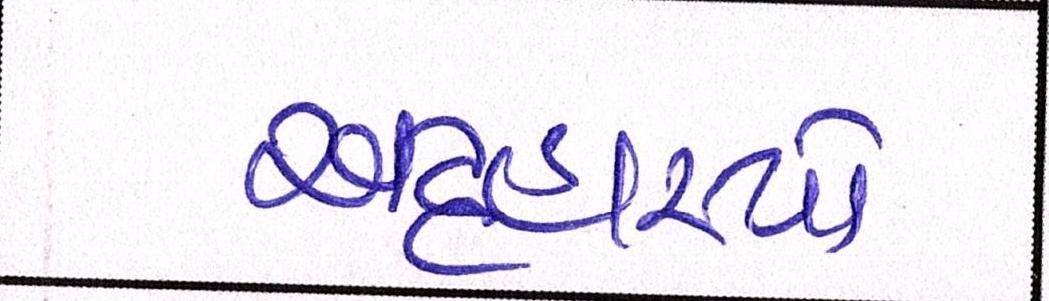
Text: અટ્ટહાસ્યો